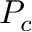
P _ { c }